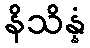
နိသိန္နံ